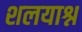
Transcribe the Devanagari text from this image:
शलयाश्न